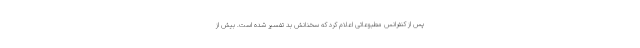
پس از کنفرانس مطبوعاتی اعلام کرد که سخنانش بد تفسیر شده است. بیش از